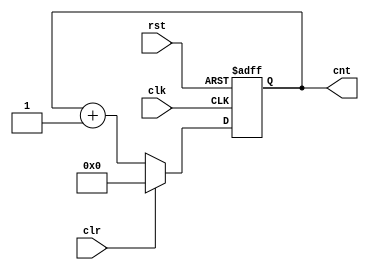
`timescale 1ns / 1ps
//////////////////////////////////////////////////////////////////////////////////
// Company: 
// Engineer: 
// 
// Design Name: 
// Module Name:    Counter 
// Project Name: 
// Target Devices: 
// Tool versions: 
// Description: 
//
// Dependencies: 
//
// Revision: 
// Revision 0.01 - File Created
// Additional Comments: 
//
//////////////////////////////////////////////////////////////////////////////////
module Counter(clk, rst, clr, cnt);

	input clk, rst;
	input clr;

	output [3:0] cnt;
		reg [3:0] cnt;

	always @(posedge clk or negedge rst)
	begin
		if(!rst)
			cnt <= 4'd0;
		else
			if(clr)
				cnt <= 4'd0;
			else
				cnt <= cnt + 4'd1;
	end

endmodule